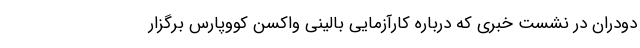
دودران در نشست خبری که درباره کارآزمایی بالینی واکسن کووپارس برگزار